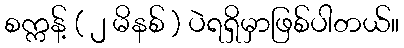
စက္ကန့် ( ၂ မိနစ် ) ပဲရရှိမှာဖြစ်ပါတယ်။